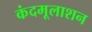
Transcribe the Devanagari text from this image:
कंदमूलाशन